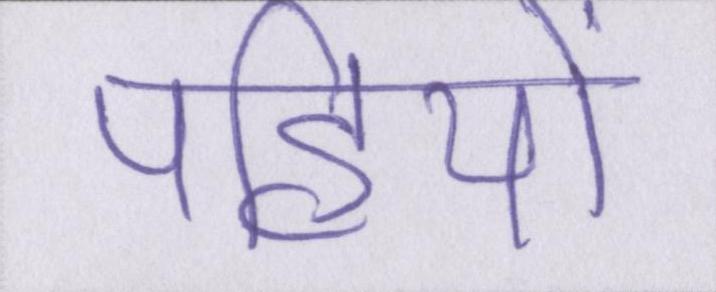
पहियों